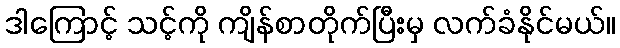
ဒါကြောင့် သင့်ကို ကျိန်စာတိုက်ပြီးမှ လက်ခံနိုင်မယ်။